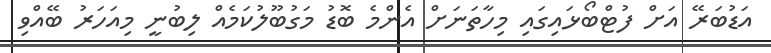
އަޑުބަރޭ އަށް ފުޓްބޯޅައިގައި މިހާތަނަށް އެންމެ ބޮޑު މަގުބޫލުކަމެއް ލިބުނީ މިއަހަރު ބޭއްވި